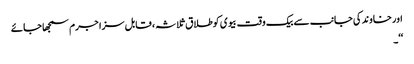
اور خاوند کی جانب سے بیک وقت بیوی کوطلاق ثلاثہ ، قابل سزا جرم سمجھا جائے
‘‘۔